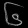
Digit: ၆